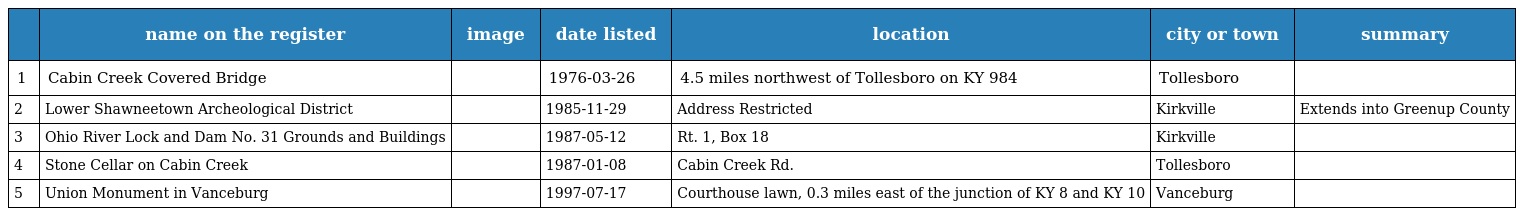
|  | name on the register | image | date listed | location | city or town | summary |
 | --- | --- | --- | --- | --- | --- | --- |
 | 1 | Cabin Creek Covered Bridge |  | 1976-03-26 | 4.5 miles northwest of Tollesboro on KY 984 | Tollesboro |  |
 | 2 | Lower Shawneetown Archeological District |  | 1985-11-29 | Address Restricted | Kirkville | Extends into Greenup County |
 | 3 | Ohio River Lock and Dam No. 31 Grounds and Buildings |  | 1987-05-12 | Rt. 1, Box 18 | Kirkville |  |
 | 4 | Stone Cellar on Cabin Creek |  | 1987-01-08 | Cabin Creek Rd. | Tollesboro |  |
 | 5 | Union Monument in Vanceburg |  | 1997-07-17 | Courthouse lawn, 0.3 miles east of the junction of KY 8 and KY 10 | Vanceburg |  |